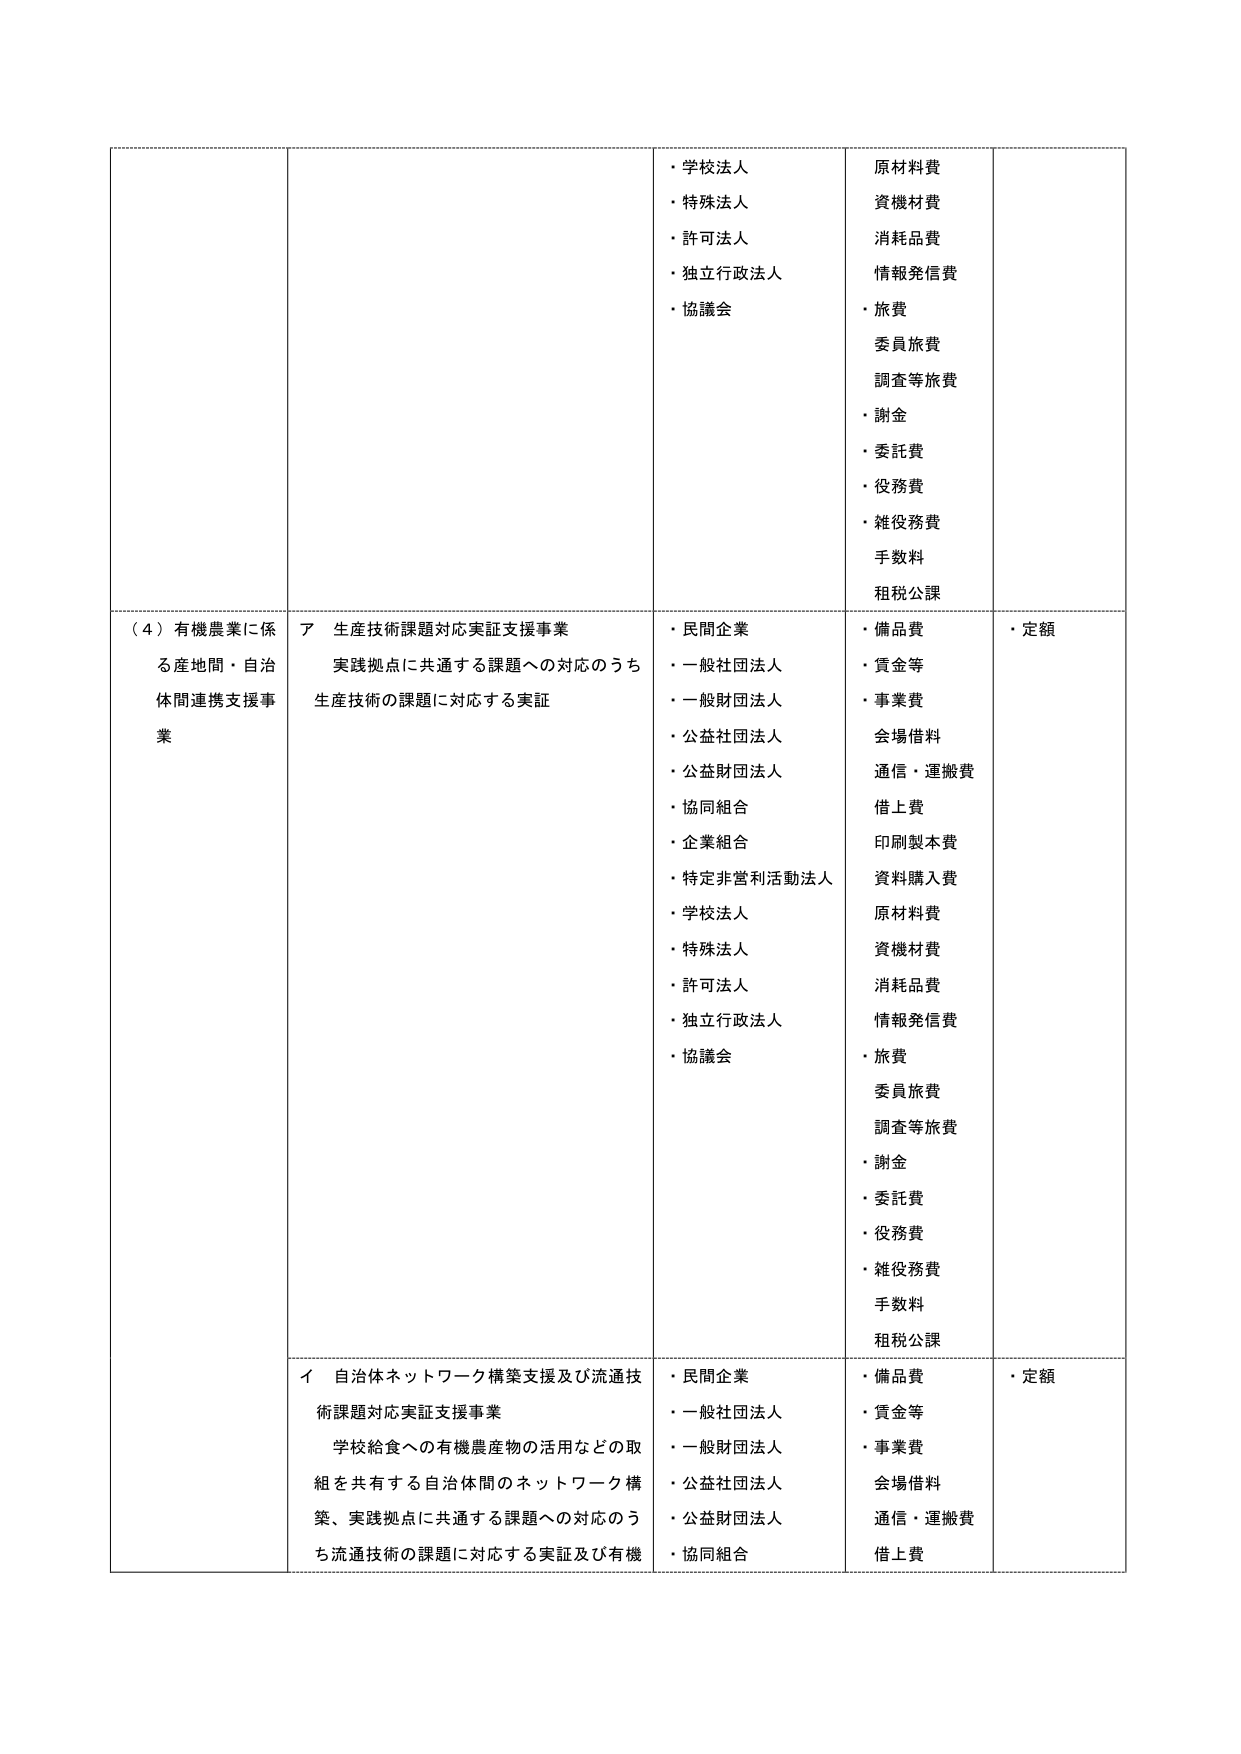
（４）有機農業に係る産地間・自治体間連携支援事業
ア 生産技術課題対応実証支援事業
実践拠点に共通する課題への対応のうち
生産技術の課題に対応する実証
・民間企業
・一般社団法人
・一般財団法人
・公益社団法人
・公益財団法人
・協同組合
・企業組合
・特定非営利活動法人
・学校法人
・特殊法人
・許可法人
・独立行政法人
・協議会
・備品費
・賃金等
・事業費
会場借料
通信・運搬費
借上費
印刷製本費
資料購入費
原材料費
資機材費
消耗品費
情報発信費
・旅費
委員旅費
調査等旅費
・謝金
・委託費
・役務費
・雑役務費
手数料
租税公課
・定額

イ 自治体ネットワーク構築支援及び流通技術課題対応実証支援事業
学校給食への有機農産物の活用などの取組を共有する自治体間のネットワーク構築、実践拠点に共通する課題への対応のうち流通技術の課題に対応する実証及び有機
・民間企業
・一般社団法人
・一般財団法人
・公益社団法人
・公益財団法人
・協同組合
・備品費
・賃金等
・事業費
会場借料
通信・運搬費
借上費
・定額

・学校法人
・特殊法人
・許可法人
・独立行政法人
・協議会
原材料費
資機材費
消耗品費
情報発信費
・旅費
委員旅費
調査等旅費
・謝金
・委託費
・役務費
・雑役務費
手数料
租税公課